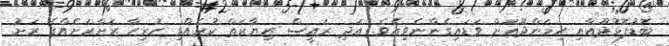
ބޮޑުފޮޅުދޫއާއި ހިމަންދޫއަށް ވަޑައިގެންނެވިއެވެ. އަދި ރައީސް ޒިޔާރަތް ކުރެއްވި ހުރިހާ ރަށްރަށެއްގެ ރަށު